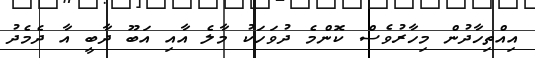
އިއްތިހާދުން މިހާރުވެސް ކޮންމެ ދުވަހަކު މާލެ އާއި އަބޫ ދާބީ އާ ދެމެދު